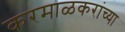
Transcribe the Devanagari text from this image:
करमाळकरांच्या